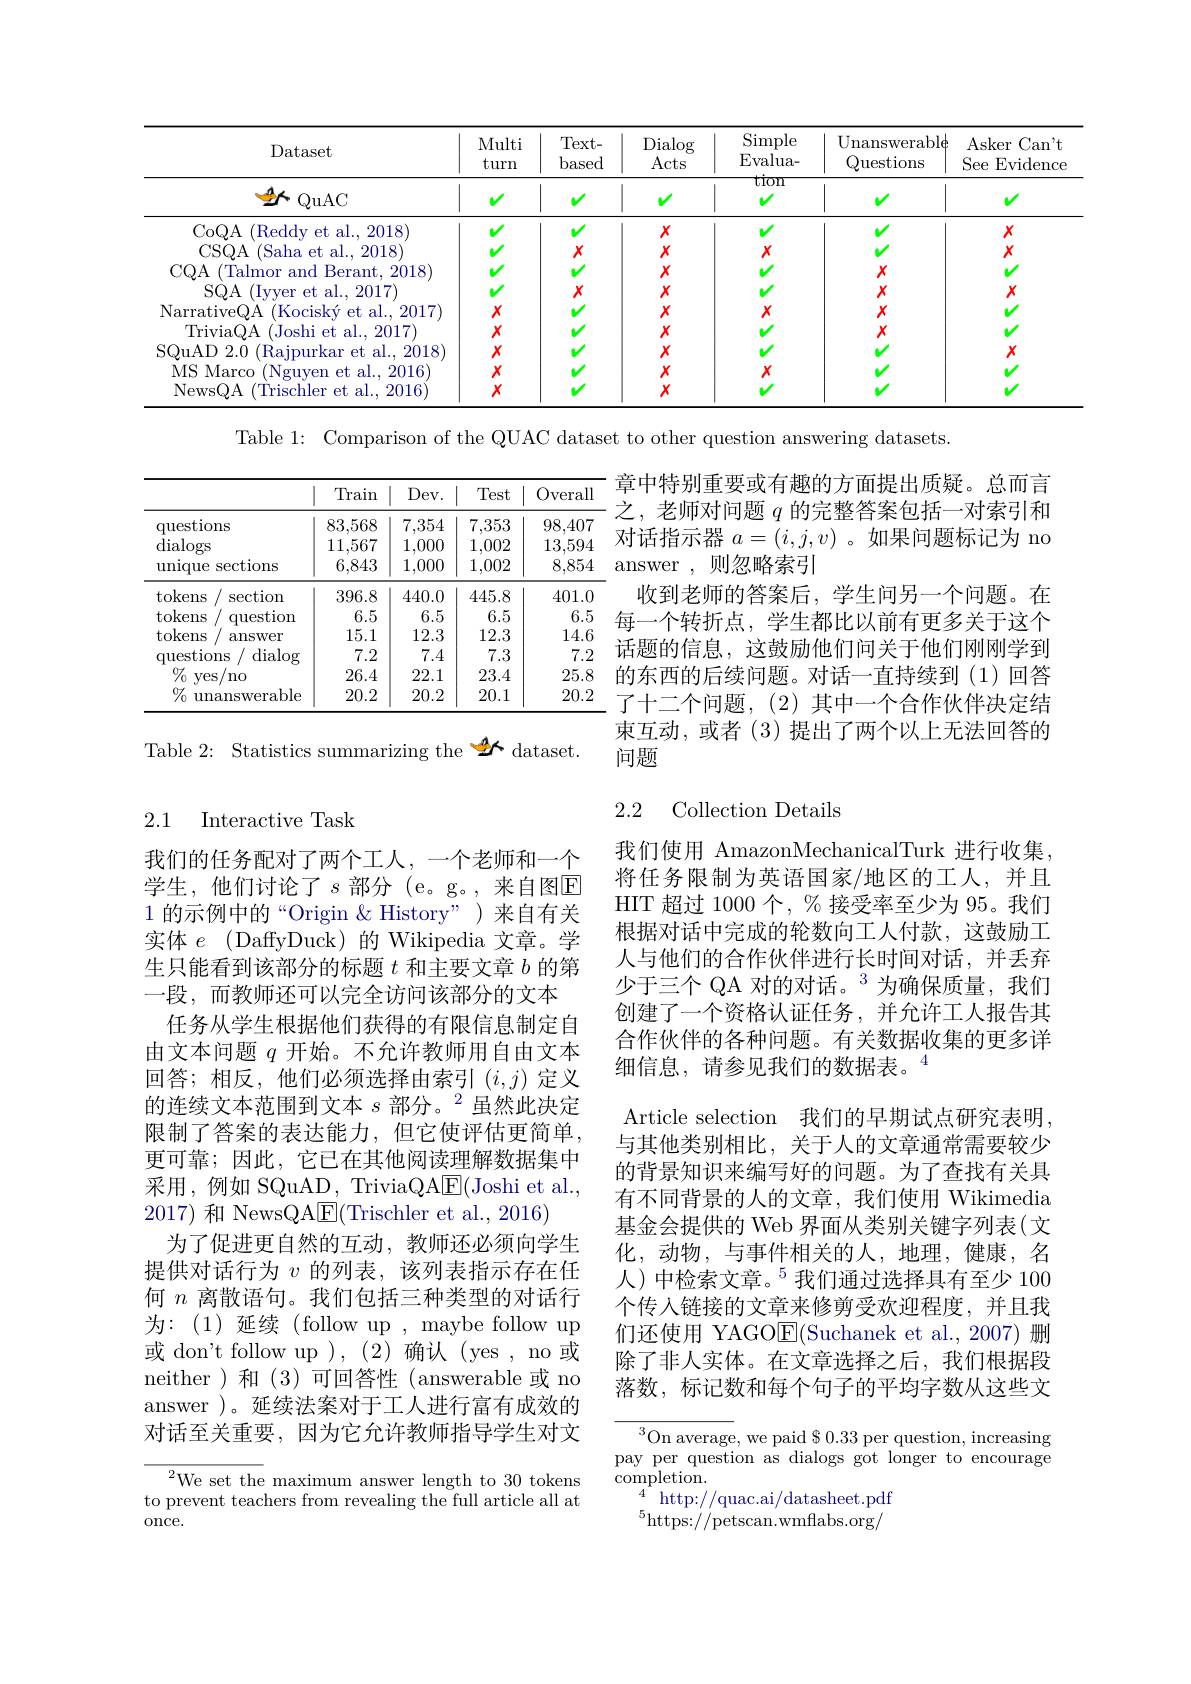
<table>
	<tbody>
		<tr>
			<th>Dataset</th>
			<th>Multi turn</th>
			<th>Text- based</th>
			<th>Dialog Acts</th>
			<th>Simple $\operatorname{Evalua-}$</th>
			<th>Unanswerabl$\phi$ Questions</th>
			<th>Asker Ca$n^{\prime }$t See $\operatorname{Evidence}$</th>
		</tr>
		<tr>
			<td>QuAC</td>
			<td>V</td>
			<td>v</td>
			<td> </td>
			<td>mon</td>
			<td> </td>
			<td>V</td>
		</tr>
		<tr>
			<td>CoQA (Reddy et al., 2018) CSQA (Saha et al., 2018</td>
			<td>$Y$</td>
			<td>$X$</td>
			<td>$\begin{array}{c}x\\x\end{array}$</td>
			<td>$X$</td>
			<td> </td>
			<td>$\begin{array}{c}x\\x\end{array}$</td>
		</tr>
		<tr>
			<td>NarrativeQA (Kociský et al., TriviaOA (Joshi et al..2017)</td>
			<td>$X$ $X$</td>
			<td>$\because$</td>
			<td>$\begin{array}{c}x\\x\end{array}$</td>
			<td>$X$</td>
			<td>$\begin{array}{c}x\\x\end{array}$</td>
			<td>$v$</td>
		</tr>
		<tr>
			<td>NewsQA Trischler et al. , 2016</td>
			<td>$X$</td>
			<td> </td>
			<td>$X$</td>
			<td> </td>
			<td> </td>
			<td> </td>
		</tr>
	</tbody>
</table>

Table 1: Comparison of the QUAC dataset to other question answering datasets

<table>
	<tbody>
		<tr>
			<th> </th>
			<th> </th>
			<th>Train</th>
			<th>$Dev.$</th>
			<th>Test</th>
			<th>Overall</th>
		</tr>
		<tr>
			<td>questions dialogs $\operatorname{unique}$ sections</td>
			<td>ms $\operatorname{sections}$</td>
			<td>83,568 11,567 6,843</td>
			<td>7,354 1,000 1,000</td>
			<td>7,353 1,002 1,002</td>
			<td>98,407 13,594 8,854</td>
		</tr>
		<tr>
			<td>tokens section</td>
			<td>$\operatorname{section}$</td>
			<td>396.8</td>
			<td>440.0</td>
			<td>445.8</td>
			<td>401.0</td>
		</tr>
		<tr>
			<td>tokens question</td>
			<td>question</td>
			<td>6.5</td>
			<td>6.5</td>
			<td>6.5</td>
			<td>6.5</td>
		</tr>
		<tr>
			<td>tokens answer</td>
			<td>answer</td>
			<td>15.1</td>
			<td>12.3</td>
			<td>12.3</td>
			<td>14.6</td>
		</tr>
		<tr>
			<td>questions dialog</td>
			<td>dialog ms</td>
			<td>7.2</td>
			<td>7.4</td>
			<td>7.3</td>
			<td>7.2</td>
		</tr>
		<tr>
			<td>$\%$ Ves /no</td>
			<td>no</td>
			<td>26.4</td>
			<td>22.1</td>
			<td>23.4</td>
			<td>25.8</td>
		</tr>
		<tr>
			<td>$\%$ unanswerable</td>
			<td>answerable</td>
			<td>20.2</td>
			<td>20.2</td>
			<td>20.1</td>
			<td>20.2</td>
		</tr>
	</tbody>
</table>

章中特别重要或有趣的方面提出质疑。总而言之，老师对问题$q$的完整答案包括一对索引和对话指示器$a=(i,j,v)$ 。如果问题标记为 no answer ,则忽略索引
收到老师的答案后，学生问另一个问题。在每一个转折点，学生都比以前有更多关于这个话题的信息，这鼓励他们问关于他们刚刚学到的东西的后续问题。对话一直持续到(1)回答了十二个问题，(2)其中一个合作伙伴决定结束互动，或者(3)提出了两个以上无法回答的问题

Table 2: Statistics summarizing the $\overset{A}{\operatorname*{\sim}}$dataset.

2.2 Collection Details

## 2.1 Interactive Task

我们使用 AmazonMechanicalTurk 进行收集将任务限制为英语国家/地区的工人，并且HIT 超过 1000 个，% 接受率至少为 95。我们根据对话中完成的轮数向工人付款，这鼓励工人与他们的合作伙伴进行长时间对话，并丢弃少于三个 QA 对的对话。$^3$为确保质量，我们创建了一个资格认证任务，并允许工人报告其合作伙伴的各种问题。有关数据收集的更多详细信息，请参见我们的数据表。$^{4}$
Article selection 我们的早期试点研究表明， 与其他类别相比，关于人的文章通常需要较少的背景知识来编写好的问题。为了查找有关具有不同背景的人的文章，我们使用 Wikimedia 基金会提供的 Web 界面从类别关键字列表(文化，动物，与事件相关的人，地理，健康，名人)中检索文章。$^{5}$我们通过选择具有至少 100个传入链接的文章来修剪受欢迎程度，并且我们还使用 YAGO$\underline{\mathrm{E}}($Suchanek et al.,2007)删除了非人实体。在文章选择之后，我们根据段落数，标记数和每个句子的平均字数从这些文

我们的任务配对了两个工人，一个老师和一个学生，他们讨论了$s$部分(e。g。,来自图$\mathbb{E}$ 1的示例中的“Origin & History”)来自有关实体$e$ (DaffyDuck) 的 Wikipedia 文章。学生只能看到该部分的标题$t$和主要文章$b$的第一段，而教师还可以完全访问该部分的文本
任务从学生根据他们获得的有限信息制定自由文本问题$q$开始。不允许教师用自由文本回答；相反，他们必须选择由索引$(i,j)$定义的连续文本范围到文本$s\text{部分。}^2$虽然此决定限制了答案的表达能力，但它使评估更简单， 更可靠；因此，它已在其他阅读理解数据集中${\text{采用，例如 SQuAD, TriviaQAE}}({\mathrm{Joshi~et~al.,}}$ 2017) 和 NewsQA$\boxed{\mathrm{F}}($Trischler et al.,2016)
为了促进更自然的互动，教师还必须向学生提供对话行为$v$的列表，该列表指示存在任何$n$离散语句。我们包括三种类型的对话行为：(1)延续(follow up, maybe follow up 或 don't follow up ),(2)确认(yes , no 或neither)和(3)可回答性(answerable或 no answer )。延续法案对于工人进行富有成效的对话至关重要，因为它允许教师指导学生对文

$^{3}$On average, we paid $\$0.33$ per question, increasing pay per question as dialogs got longer to encourage completion.
$^{4^{-}}$http://quac.ai/datasheet.pdf ${}^{5}$https://petscan.wmflabs.org/

${}^{2}$We set the maximum answer length to 30 tokens to prevent teachers from revealing the full article all at once.